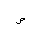
Letter: _sad